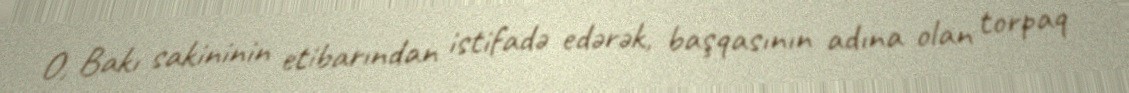
O, Bakı sakininin etibarından istifadə edərək, başqasının adına olan torpaq